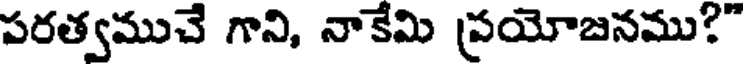
పరత్వముచే గాని, నాకేమి ప్రయోజనము?"